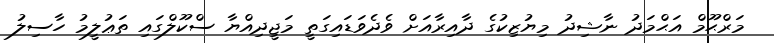
މަރްޙޫމް އަޙްމަދު ނާޝިދު މިޔުޒިކުގެ ދާއިރާއަށް ވެދެވަޑައިގަތީ މަޖީދިއްޔާ ސްކޫލްގައި ތަޢުލީމު ހާސިލު